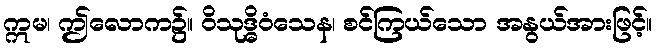
ဣမ၊ ဤလောက၌။ ဝိသုဒ္ဓိဝံသေန၊ စင်ကြယ်သော အနွယ်အားဖြင့်။